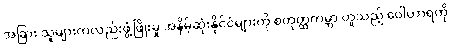
အခြား သူများကလည်းဖွံ့ဖြိုးမှု အနိမ့်ဆုံးနိုင်ငံများကို စတုတ္ထကမ္ဘာ ဟူသည့် ဝေါဟာရကို